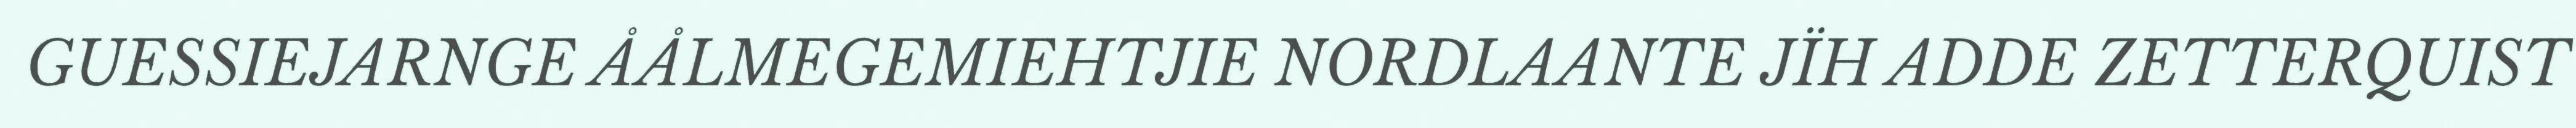
GUESSIEJARNGE ÅÅLMEGEMIEHTJIE NORDLAANTE JÏH ADDE ZETTERQUIST